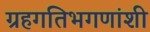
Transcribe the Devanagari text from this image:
ग्रहगतिभगणांशी